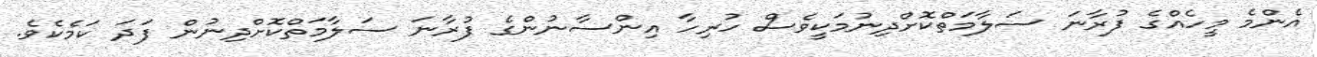
އެންމެ މީހެއްގެ ފުރާނަ ސަލާމަތްކޮށްދިނުމަކީވެސް ހުރިހާ އިންސާނުންގެ ފުރާނަ ސަލާމަތްކޮށްދިނުން ފަދަ ކަމެކެވެ.